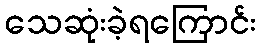
သေဆုံးခဲ့ရကြောင်း